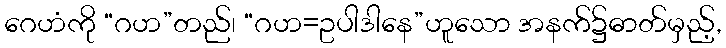
ဂေဟံကို “ဂဟ”တည်၊ “ဂဟ=ဥပါဒါနေ”ဟူသော အနက်၌ဓာတ်မှည့်,